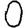
Digit: 0